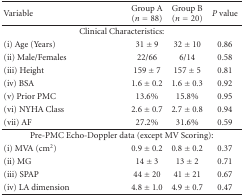
| Variable | Group A (n = 88) | Group B (n = 20) | P value |
 | --- | --- | --- | --- |
 | <COLSPAN=4> Clinical Characteristics: |
 | (i) Age (Years) | 31 ± 9 | 32 ± 10 | 0.86 |
 | (ii) Male/Females | 22/66 | 6/14 | 0.58 |
 | (iii) Height | 159 ± 7 | 157 ± 5 | 0.81 |
 | (iv) BSA | 1.6 ± 0.2 | 1.6 ± 0.3 | 0.92 |
 | (v) Prior PMC | 13.6% | 15.8% | 0.95 |
 | (vi) NYHA Class | 2.6 ± 0.7 | 2.7 ± 0.8 | 0.94 |
 | (vii) AF | 27.2% | 31.6% | 0.59 |
 | <COLSPAN=4> Pre-PMC Echo-Doppler data (except MV Scoring): |
 | (i) MVA (cm2) | 0.9 ± 0.2 | 0.8 ± 0.2 | 0.37 |
 | (ii) MG | 14 ± 3 | 13 ± 2 | 0.71 |
 | (iii) SPAP | 44 ± 20 | 41 ± 21 | 0.67 |
 | (iv) LA dimension | 4.8 ± 1.0 | 4.9 ± 0.7 | 0.47 |